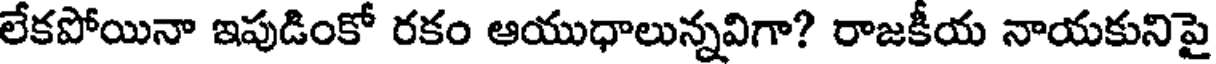
లేకపోయినా ఇపుడింకో రకం ఆయుధాలున్నవిగా? రాజకీయ నాయకునిపై